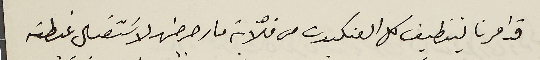
قد امرنا بتنطيف كل العنكبوت من فلّاية مار جرجسَ لاسَتقبال غبطته